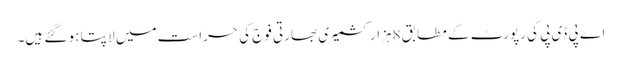
اے پی ڈی پی کی رپورٹ کے مطابق 8ہزار کشمیر ی بھارتی فوج کی حراست میں لا پتا ہو گئے ہیں۔